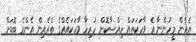
އެހެން މީހުންނާ އެ ވާހަކަތައް ހިއްސާކޮށް ހުރިހާ ވާހަކައެއްގެ ތެރެއިން އެންމެ ބޮޑަށް